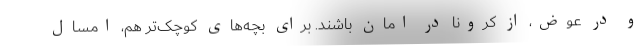
و در عوض، از کرونا در امان باشند. برای بچه‌های کوچک‌تر هم، امسال